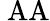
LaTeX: \mathrm{\ AA}